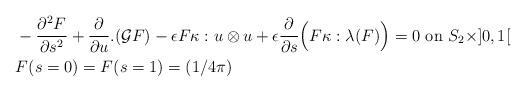
\begin{align*}& - \frac{\partial^2F}{\partial s^2}+ \frac{\partial}{\partial u}.(\mathcal{G}F)-\epsilon F\kappa : u\otimes u+\epsilon \frac{\partial}{\partial s}\Big( F\kappa:\lambda(F)\Big)=0 \textrm{ on } S_2 \times ]0, 1[ \\& F(s=0) = F(s=1) = (1/4\pi)\end{align*}